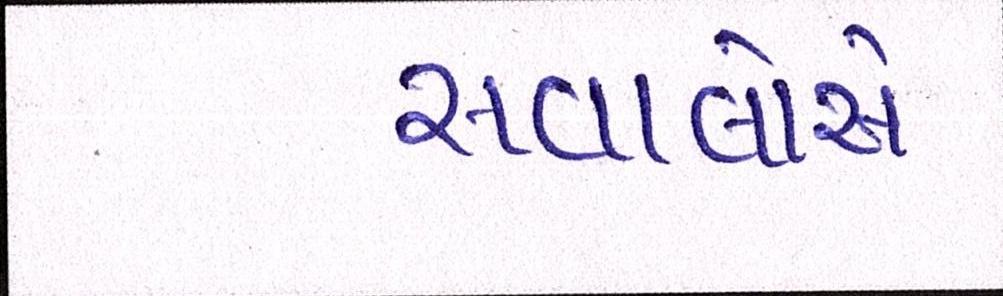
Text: સવાલોએ